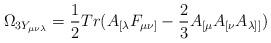
LaTeX: \begin{align*}\Omega_{3Y_{\mu\nu\lambda}}=\frac{1}{2}Tr(A_{[\lambda}F_{\mu\nu]}-\frac{2}{3}A_{[\mu}A_{[\nu}A_{\lambda]]})\end{align*}